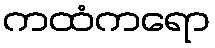
ကထံကရော